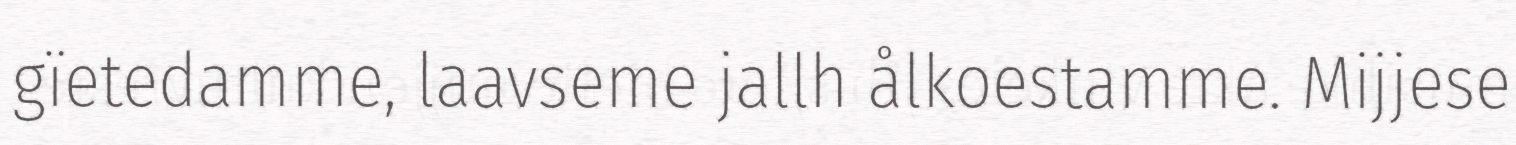
gïetedamme, laavseme jallh ålkoestamme. Mijjese